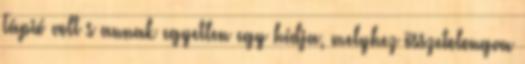
Tápió volt s annak egyetlen egy hídja, melyhez összetolongva